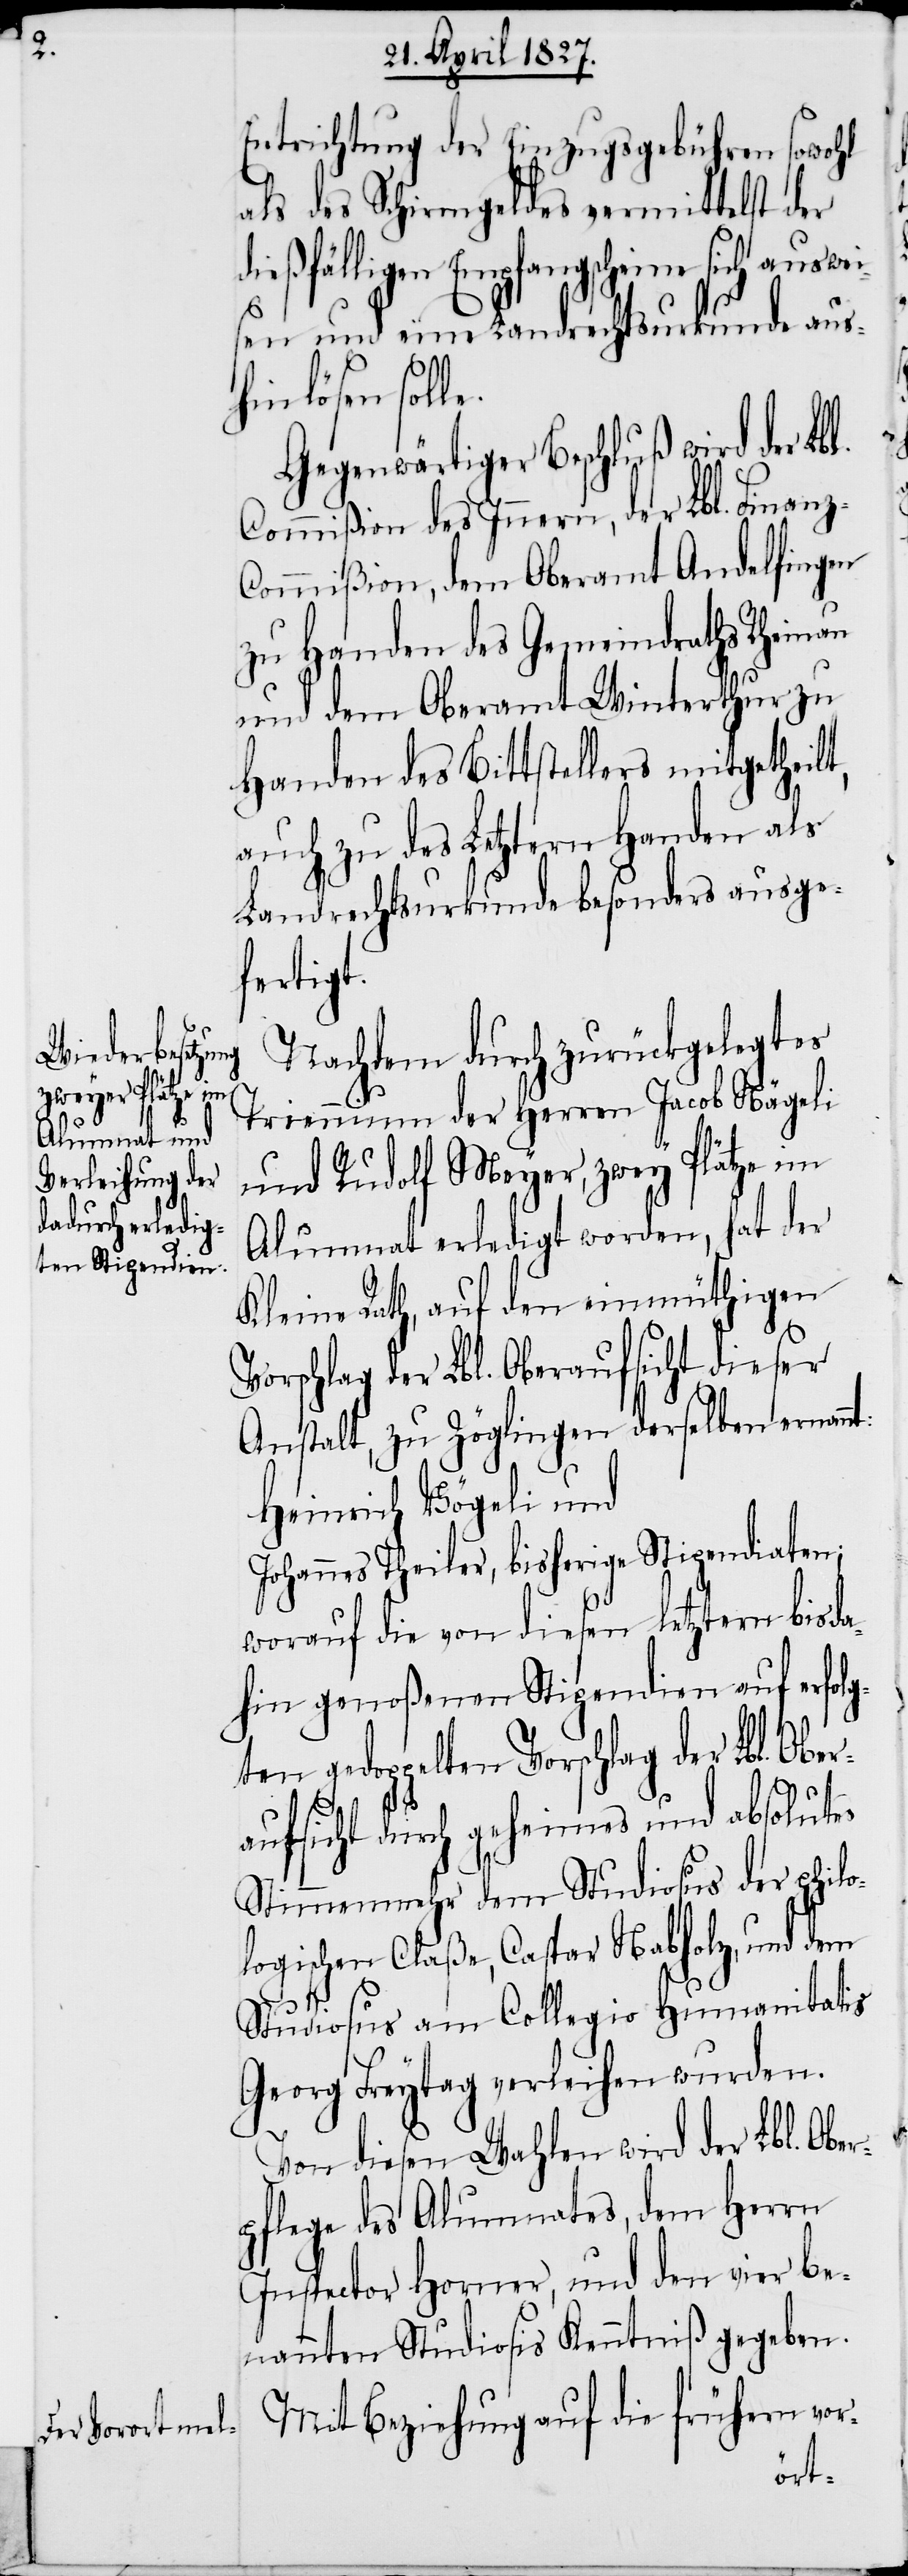
z-C¬

Entrichtung der Einzugsgebühren sowohl
als des Schirmgeldes vermittelst der
ießfälligen Empfangsscheine
sen und eine Landrechtsurkunde aus¬
hinlösen solle.
Gegenwärtiger Beschluß wird der Lb¬
Commißion des Innern, der Lbl. Finan¬
ommißion, dem Oberamt Andelfingen
zu Handen des Gemeindraths Rheinau
und dem Oberamt Winterthur zu
Handen des Bittstellers mitgetheilt,
auch zu des Letztern Handen als
Landrechtsurkunde besonders ausge¬
fertigt.
Nachdem durch zurückgelegtes
Triennium der Herren Jacob Nägeli
und Rudolf Meyer, zwey Plätze im
Alumnat erledigt worden, hat der
Kleine Rath, auf den einmüthigen
Vorschlag der Lbl. Oberaufsicht dieser
Anstalt zu Zöglingen derselben ernannt:
Heinrich Vögeli und
Johannes Theiler, bisherige Stipendiaten;
worauf die von diesen letztern bis d¬
ahin genoßenen Stipendien auf erfol¬
gten gedoppelten Vorschlag der Lbl. Obe¬
raufsicht durch geheimes und absolutes
Stimmenmehr dem Studiosus der philo¬
logischen Claße, Caspar Nabholz, und dem
Studiosus am Collegio Humanitatis
Georg Freytag verleihen wurden.
Von diesen Wahlen wird der Lbl. Ober¬
pflege des Alumnates, dem Herrn
Inspector Horner, und den vier be¬
nannten Studiosis Kenntniß gegeben.
Mit Beziehung auf die frühern vor-